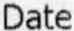
DATE